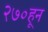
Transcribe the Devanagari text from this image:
२७०हून